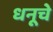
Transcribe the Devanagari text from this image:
धनूचे